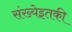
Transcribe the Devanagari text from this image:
संख्येइतकी